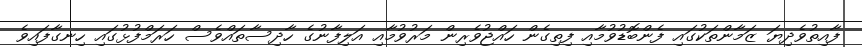
ފާއިތުވެދިޔަ ޒަމާންތަކުގައި ފެންބޮޑުވުމާއި ފިތިގެން ހައްޖުވެރިން މަރުވުމާއި އަލިފާނުގެ ހާދިސާތައްވެސް ހަރަމްފުޅުގައި ހިނގާފައިވެ